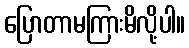
ပြောတာမကြားမိလို့ပါ။